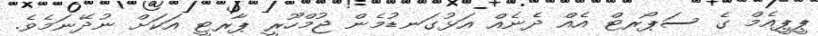
ޕީޕީއެމް ގެ ސަޕޯރޓް އެއް ދެނެއް އަޅުގަނޑުމެން ޖުމްހޫރީ ޕާރޓީ އަކަށް ނުދޭނަމެވެ.